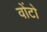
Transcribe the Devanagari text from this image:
वोंटो